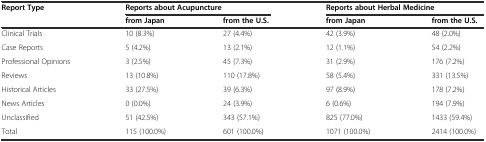
| <ROWSPAN=2> Report Type | <COLSPAN=2> Reports about Acupuncture | <COLSPAN=2> Reports about Herbal Medicine |
 | from Japan | from the U.S. | from Japan | from the U.S. |
 | --- | --- | --- | --- | --- |
 | Clinical Trials | 10 (8.3%) | 27 (4.4%) | 42 (3.9%) | 48 (2.0%) |
 | Case Reports | 5 (4.2%) | 13 (2.1%) | 12 (1.1%) | 54 (2.2%) |
 | Professional Opinions | 3 (2.5%) | 45 (7.3%) | 31 (2.9%) | 176 (7.2%) |
 | Reviews | 13 (10.8%) | 110 (17.8%) | 58 (5.4%) | 331 (13.5%) |
 | Historical Articles | 33 (27.5%) | 39 (6.3%) | 97 (8.9%) | 178 (7.2%) |
 | News Articles | 0 (0.0%) | 24 (3.9%) | 6 (0.6%) | 194 (7.9%) |
 | Unclassified | 51 (42.5%) | 343 (57.1%) | 825 (77.0%) | 1433 (59.4%) |
 | Total | 115 (100.0%) | 601 (100.0%) | 1071 (100.0%) | 2414 (100.0%) |